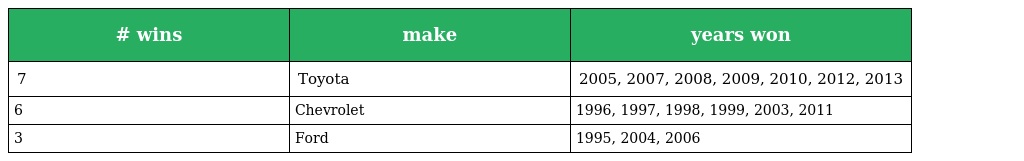
| # wins | make | years won |
 | --- | --- | --- |
 | 7 | Toyota | 2005, 2007, 2008, 2009, 2010, 2012, 2013 |
 | 6 | Chevrolet | 1996, 1997, 1998, 1999, 2003, 2011 |
 | 3 | Ford | 1995, 2004, 2006 |